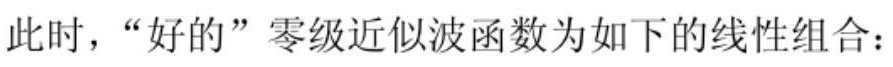
此时，“好的”零级近似波函数为如下的线性组合：